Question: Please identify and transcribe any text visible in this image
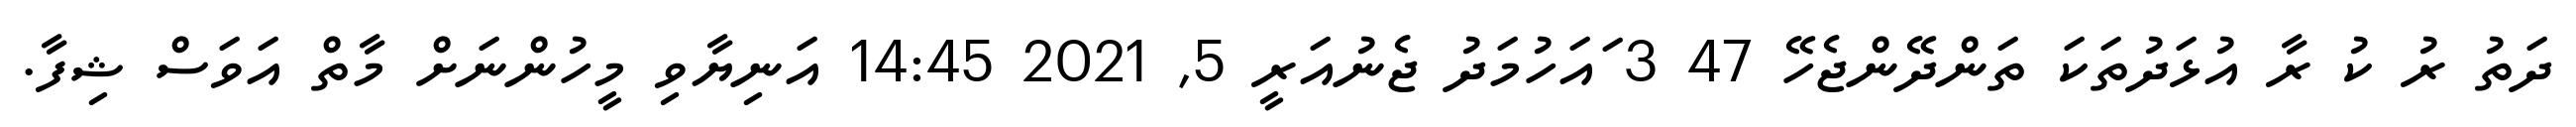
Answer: ދަތު ރު ކު ރާ އުޅަދުތަކަ ތަންދޭންޖެހޭ 47 3 ައަހުމަދު ޖެނުއަރީ 5, 2021 14:45 އަނިޔާވި މީހުންނަށް މާތް އަވަސް ޝިފާ.